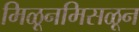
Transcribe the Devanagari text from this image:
मिळूनमिसळून